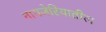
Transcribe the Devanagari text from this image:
नायजेरियातील